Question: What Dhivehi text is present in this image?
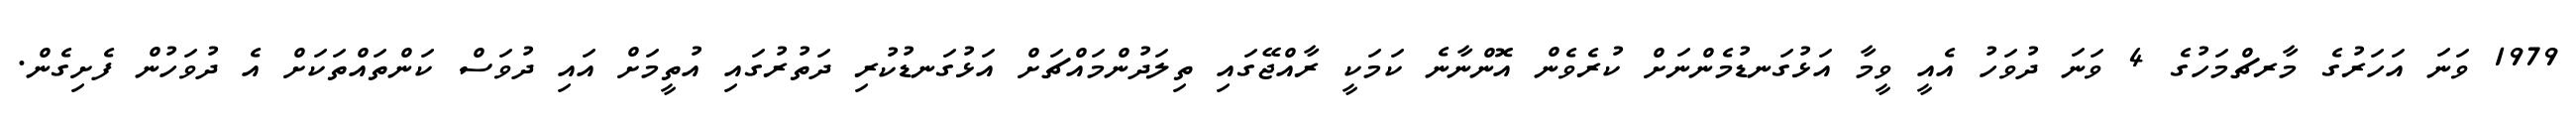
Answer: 1979 ވަނަ އަހަރުގެ މާރޗްމަހުގެ 4 ވަނަ ދުވަހު އެއީ ވީމާ އަޅުގަނޑުމެންނަށް ކުރެވެން އޮންނާނެ ކަމަކީ ރާއްޖޭގައި ތިލަދުންމައްޗަށް އަޅުގަނޑުކުރި ދަތުރުގައި އުތީމަށް އައި ދުވަސް ކަންތައްތަކަށް އެ ދުވަހުން ފެށިގެން.